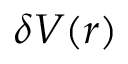
\delta V ( r )